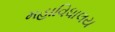
મહાવિધાલય